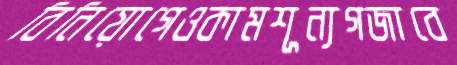
বিনিয়োগেওকামশূন্যগজাবে